Lunatic asylums in Bengal annual reports 1899-1911 - 1899-1911
Year: 1899
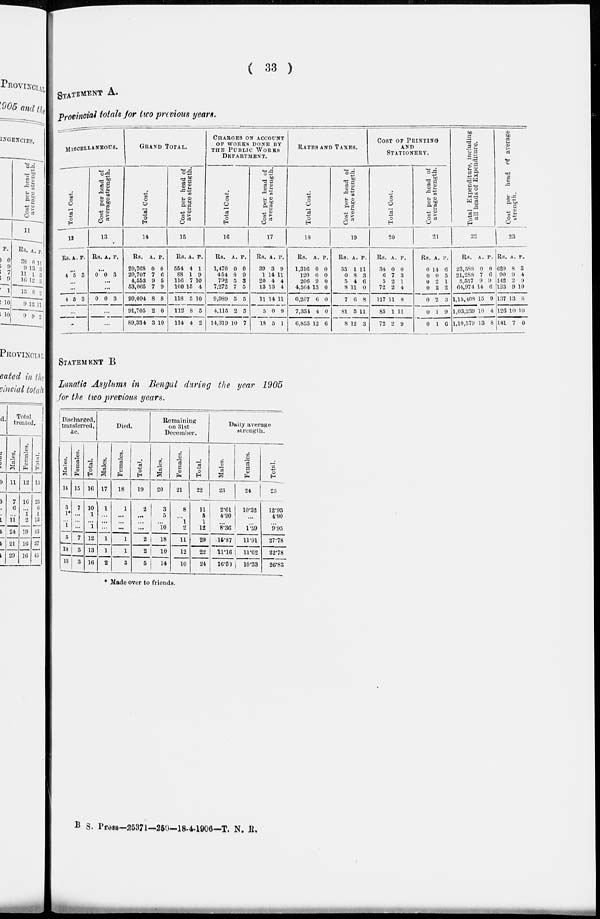
( 33 )
STATEMENT A.
Provincial totals for two previous years.
MISCELLANEOUS.
Total Cost.
12
Rs. A. P.
...
4 5 3
...
...
4 5 3
...
...
Cost per head of
average strength.
13
Rs. A. P.
...
0 0 3
...
...
0 0 3
...
...
GRAND
TOTAL.
Total Cost.
14
Rs.
20,768
20,707
4,553
53,065
99,094
91,705
89,334
A.
0
7
9
7
8
2
3
P.
0
6
5
9
8
0
10
Cost per head of
average strength.
15
Rs
554
88
116
100
118
112
114
A.
4
1
7
15
5
8
4
P.
1
9
10
4
10
5
2
CHARGES ON ACCOUNT
OF WORKS DONE BY
THE PUBLIC
WORKS
DEPARTMENT.
Total Cost.
16
Rs.
1,470
454
792
7,272
9,989
4,115
14,319
A.
0
8
5
7
5
2
10
P.
0
9
3
5
5
5
7
Cost per head of
average strength.
17
Rs.
39
1
20
13
11
5
18
A.
3
14
4
13
14
0
5
P.
9
11
4
4
11
9
1
RATES AND TAXES.
Total Cost.
18
Rs.
1,316
120
206
4,564
6,207
7,334
6,853
A.
0
0
9
13
6
4
12
P.
0
0
0
0
0
0
6
Cost per head of
average strength.
19
Rs.
35
0
5
8
7
81
8
A.
1
8
4
11
6
5
12
P.
11
3
6
0
8
11
3
COST
OF
PRINTING
AND
STATIONARY.
Total Cost.
20
Rs.
34
6
5
72
117
85
72
A.
0
7
2
2
11
1
2
P.
0
3
1
4
8
11
9
Cost per head of
average strength.
21
Rs
0
0
0
0
0
0
0
A.
14
0
2
2
2
1
1
P.
6
5
1
2
3
9
6
Total Expenditure, including
all heads of Expenditure.
22
Rs.
23,588
21,288
5,557
64,974
1,15,408
1,03,239
1,10,579
A.
0
7
9
14
15
10
13
P.
0
6
9
6
9
4
8
Cost
per head of average
strength.
23
Rs.
629
90
142
123
137
126
141
A.
8
9
2
9
13
10
7
P.
3
4
9
10
8
10
0
STATEMENT B
Lunatic Asylums in Bengal during the year 1905
for the two previous years.
Discharged,
transf erred,
&c.
Mal es .
14
3
1*
...
1
5
10
13
Females.
15
7
...
...
...
7
3
3
Tot al .
16
10
1
...
1
12
13
16
Died.
Mal es .
17
1
...
...
...
1
1
2
Females.
18
1
...
...
...
1
1
3
Total.
19
2
...
...
...
2
2
5
Remaining
on 31st
December.
Mal es .
20
3
5
...
10
18
10
14
Females.
21
8
...
1
2
11
12
10
Tot al .
22
11
5
1
12
29
22
24
Daily average
strength.
Mal es
23
2.61
4.90
...
8.36
15.87
11.16
16.50
Females.
24
10.32
...
...
1.59
11.91
11.62
10.33
Total.
25
12.93
4.90
...
9.95
27.78
22.78
26.83
* Made over to friends.